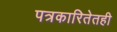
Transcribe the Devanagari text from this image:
पत्रकारितेतही